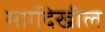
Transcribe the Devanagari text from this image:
मार्गेदेखील